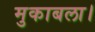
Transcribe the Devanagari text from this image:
मुकाबला।